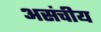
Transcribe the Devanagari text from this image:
असंचीय